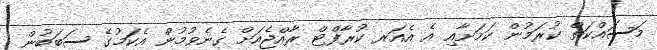
މަސައްކަތް ކުރަމުން ކަމަށާއި އެ އެއަރ ކުރާފްޓް ރާއްޖެއަށް ގެނެވުމުން އެކަމުގެ ސަބަބުން